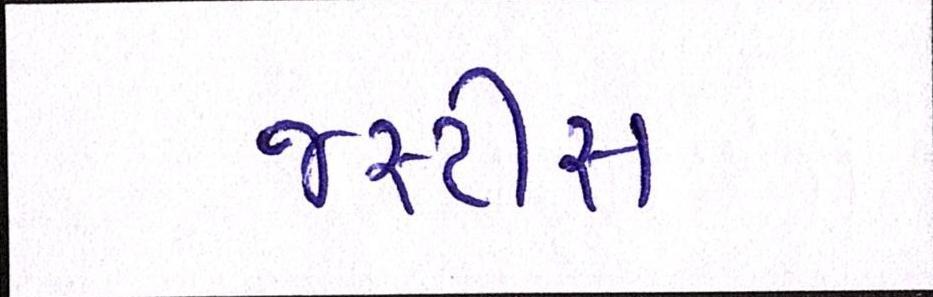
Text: જસ્ટીસ